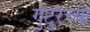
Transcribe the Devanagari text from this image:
गुंटुरच्या